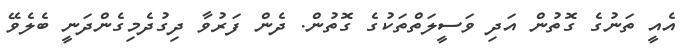
އެއީ ތަނުގެ ގޮތުން އަދި ވަސީލަތްތަކުގެ ގޮތުން. ދެން ފަރުވާ ދިގުދެމިގެންދަނީ ބެލެވޭ